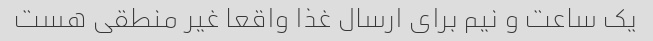
یک ساعت و نیم برای ارسال غذا واقعا غیر منطقی هست